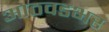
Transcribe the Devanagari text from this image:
आठवडभर